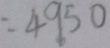
= 4 9 5 0